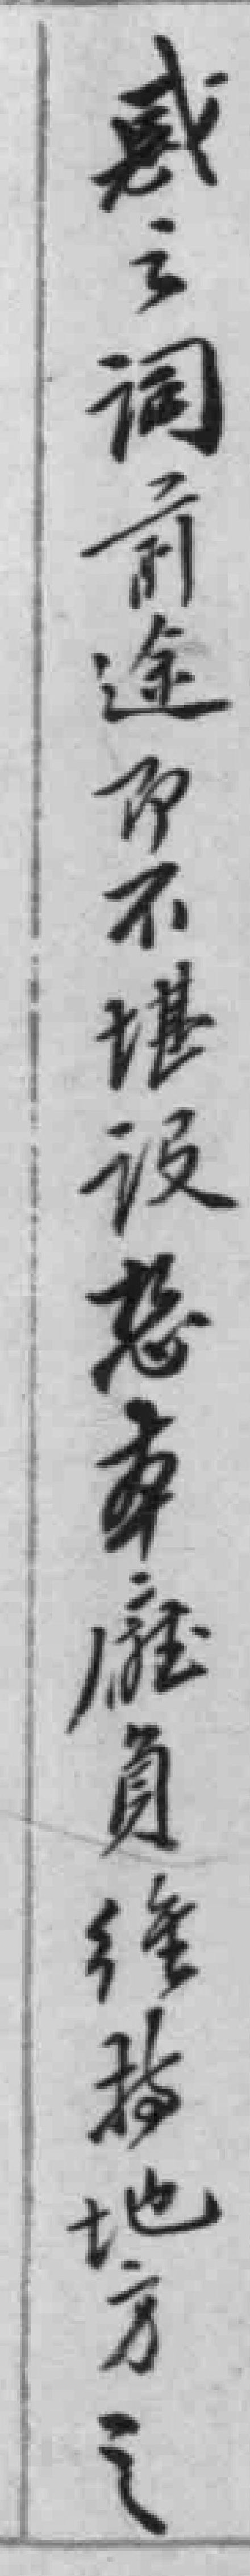
惑之詞前途即不堪設想本廳員經*地方之